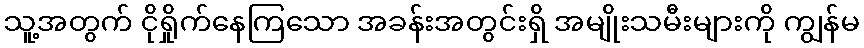
သူ့အတွက် ငိုရှိုက်နေကြသော အခန်းအတွင်းရှိ အမျိုးသမီးများကို ကျွန်မ